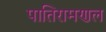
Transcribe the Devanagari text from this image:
पातिरामणल